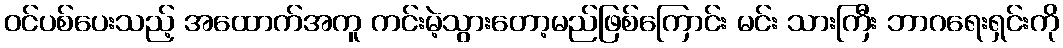
ဝင်ပစ်ပေးသည့် အထောက်အကူ ကင်းမဲ့သွားတော့မည်ဖြစ်ကြောင်း မင်း သားကြီး ဘာဂရေးရှင်းကို